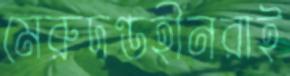
মেরুদণ্ডহীনরাই